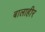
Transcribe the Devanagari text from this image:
बालाहीर